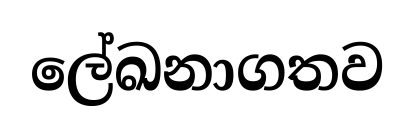
ලේඛනාගතව